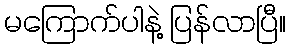
မကြောက်ပါနဲ့ ပြန်လာပြီ။